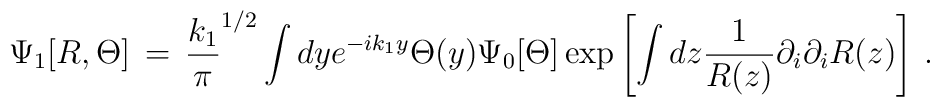
\Psi_1 [R, \Theta ]\, =\, {k_1\over \pi}^{1/2} \int dy e^{-ik_1 y} \Theta (y) \Psi_0 [\Theta ] \exp \left[\int dz {1\over R(z)} \partial_i \partial_i R(z) \right]\, .